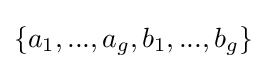
\{a_{1},...,a_{g},b_{1},...,b_{g}\}